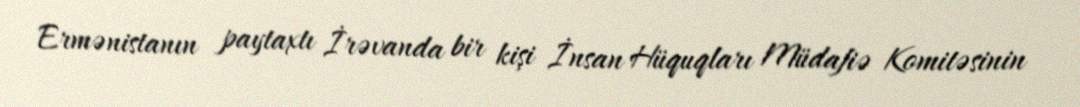
Ermənistanın paytaxtı İrəvanda bir kişi İnsan Hüquqları Müdafiə Komitəsinin